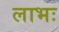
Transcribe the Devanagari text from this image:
लाभः